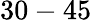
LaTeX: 30-45